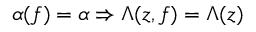
\alpha ( f ) = \alpha \Rightarrow \Lambda ( z , f ) = \Lambda ( z )